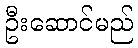
ဦးဆောင်မည်